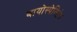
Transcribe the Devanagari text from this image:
बायोस्पेक्‍टिंग